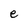
Character: e